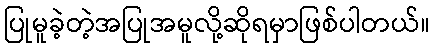
ပြုမူခဲ့တဲ့အပြုအမူလို့ဆိုရမှာဖြစ်ပါတယ်။